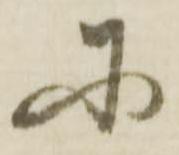
に